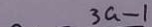
3 a - 1